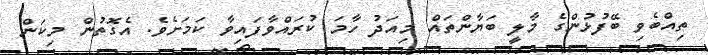
ތިއްބެވި ބޭފުޅުންގެ މާލީ ބަޔާންތައް މިއަދު ހާމަ ކުރައްވާފައިވާ ކަމަށެވެ. އެގޮތުން މިކަން